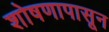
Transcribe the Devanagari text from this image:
शोषणापासून